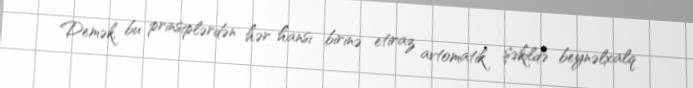
Demək, bu prinsiplərdən hər hansı birinə etiraz avtomatik şəkildə beynəlxalq